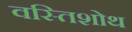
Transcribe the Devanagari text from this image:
वस्तिशोथ